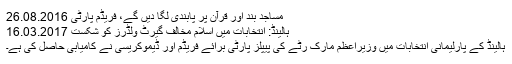
مساجد بند اور قرآن پر پابندی لگا دیں گے، فریڈم پارٹی 26.08.2016
ہالینڈ: انتخابات میں اسلام مخالف گیرٹ وِلڈرز کو شکست 16.03.2017
ہالینڈ کے پارلیمانی انتخابات میں وزیراعظم مارک رُٹے کی پیپلز پارٹی برائے فریڈم اور ڈیموکریسی نے کامیابی حاصل کی ہے۔